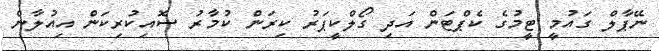
ނޭޕާލް ގައުމީ ޓީމުގެ ކެޕްޓަން އަދި ގޯލްކީޕަރު ކިރަން ކުމާރު ސޮއިކުރިކަން އިއުލާން